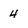
Character: 4